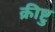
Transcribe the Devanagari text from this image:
क्रीष्टु